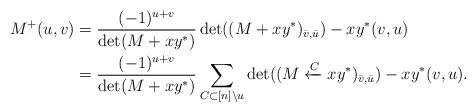
LaTeX: \begin{align*} M^+(u,v)&=\frac{(-1)^{u+v}}{\det(M+xy^*)} \det ((M+ xy^*)_{\bar{v},\bar{u}}) -xy^*(v,u)\\ &=\frac{(-1)^{u+v}}{\det(M+xy^*)}\sum_{C\subset [n]\setminus u}\det ((M\xleftarrow{C} xy^*)_{\bar{v},\bar{u}})-xy^*(v,u).\end{align*}